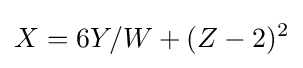
X=6Y/W+(Z-2)^{2}